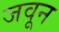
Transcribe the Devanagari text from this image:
जवून